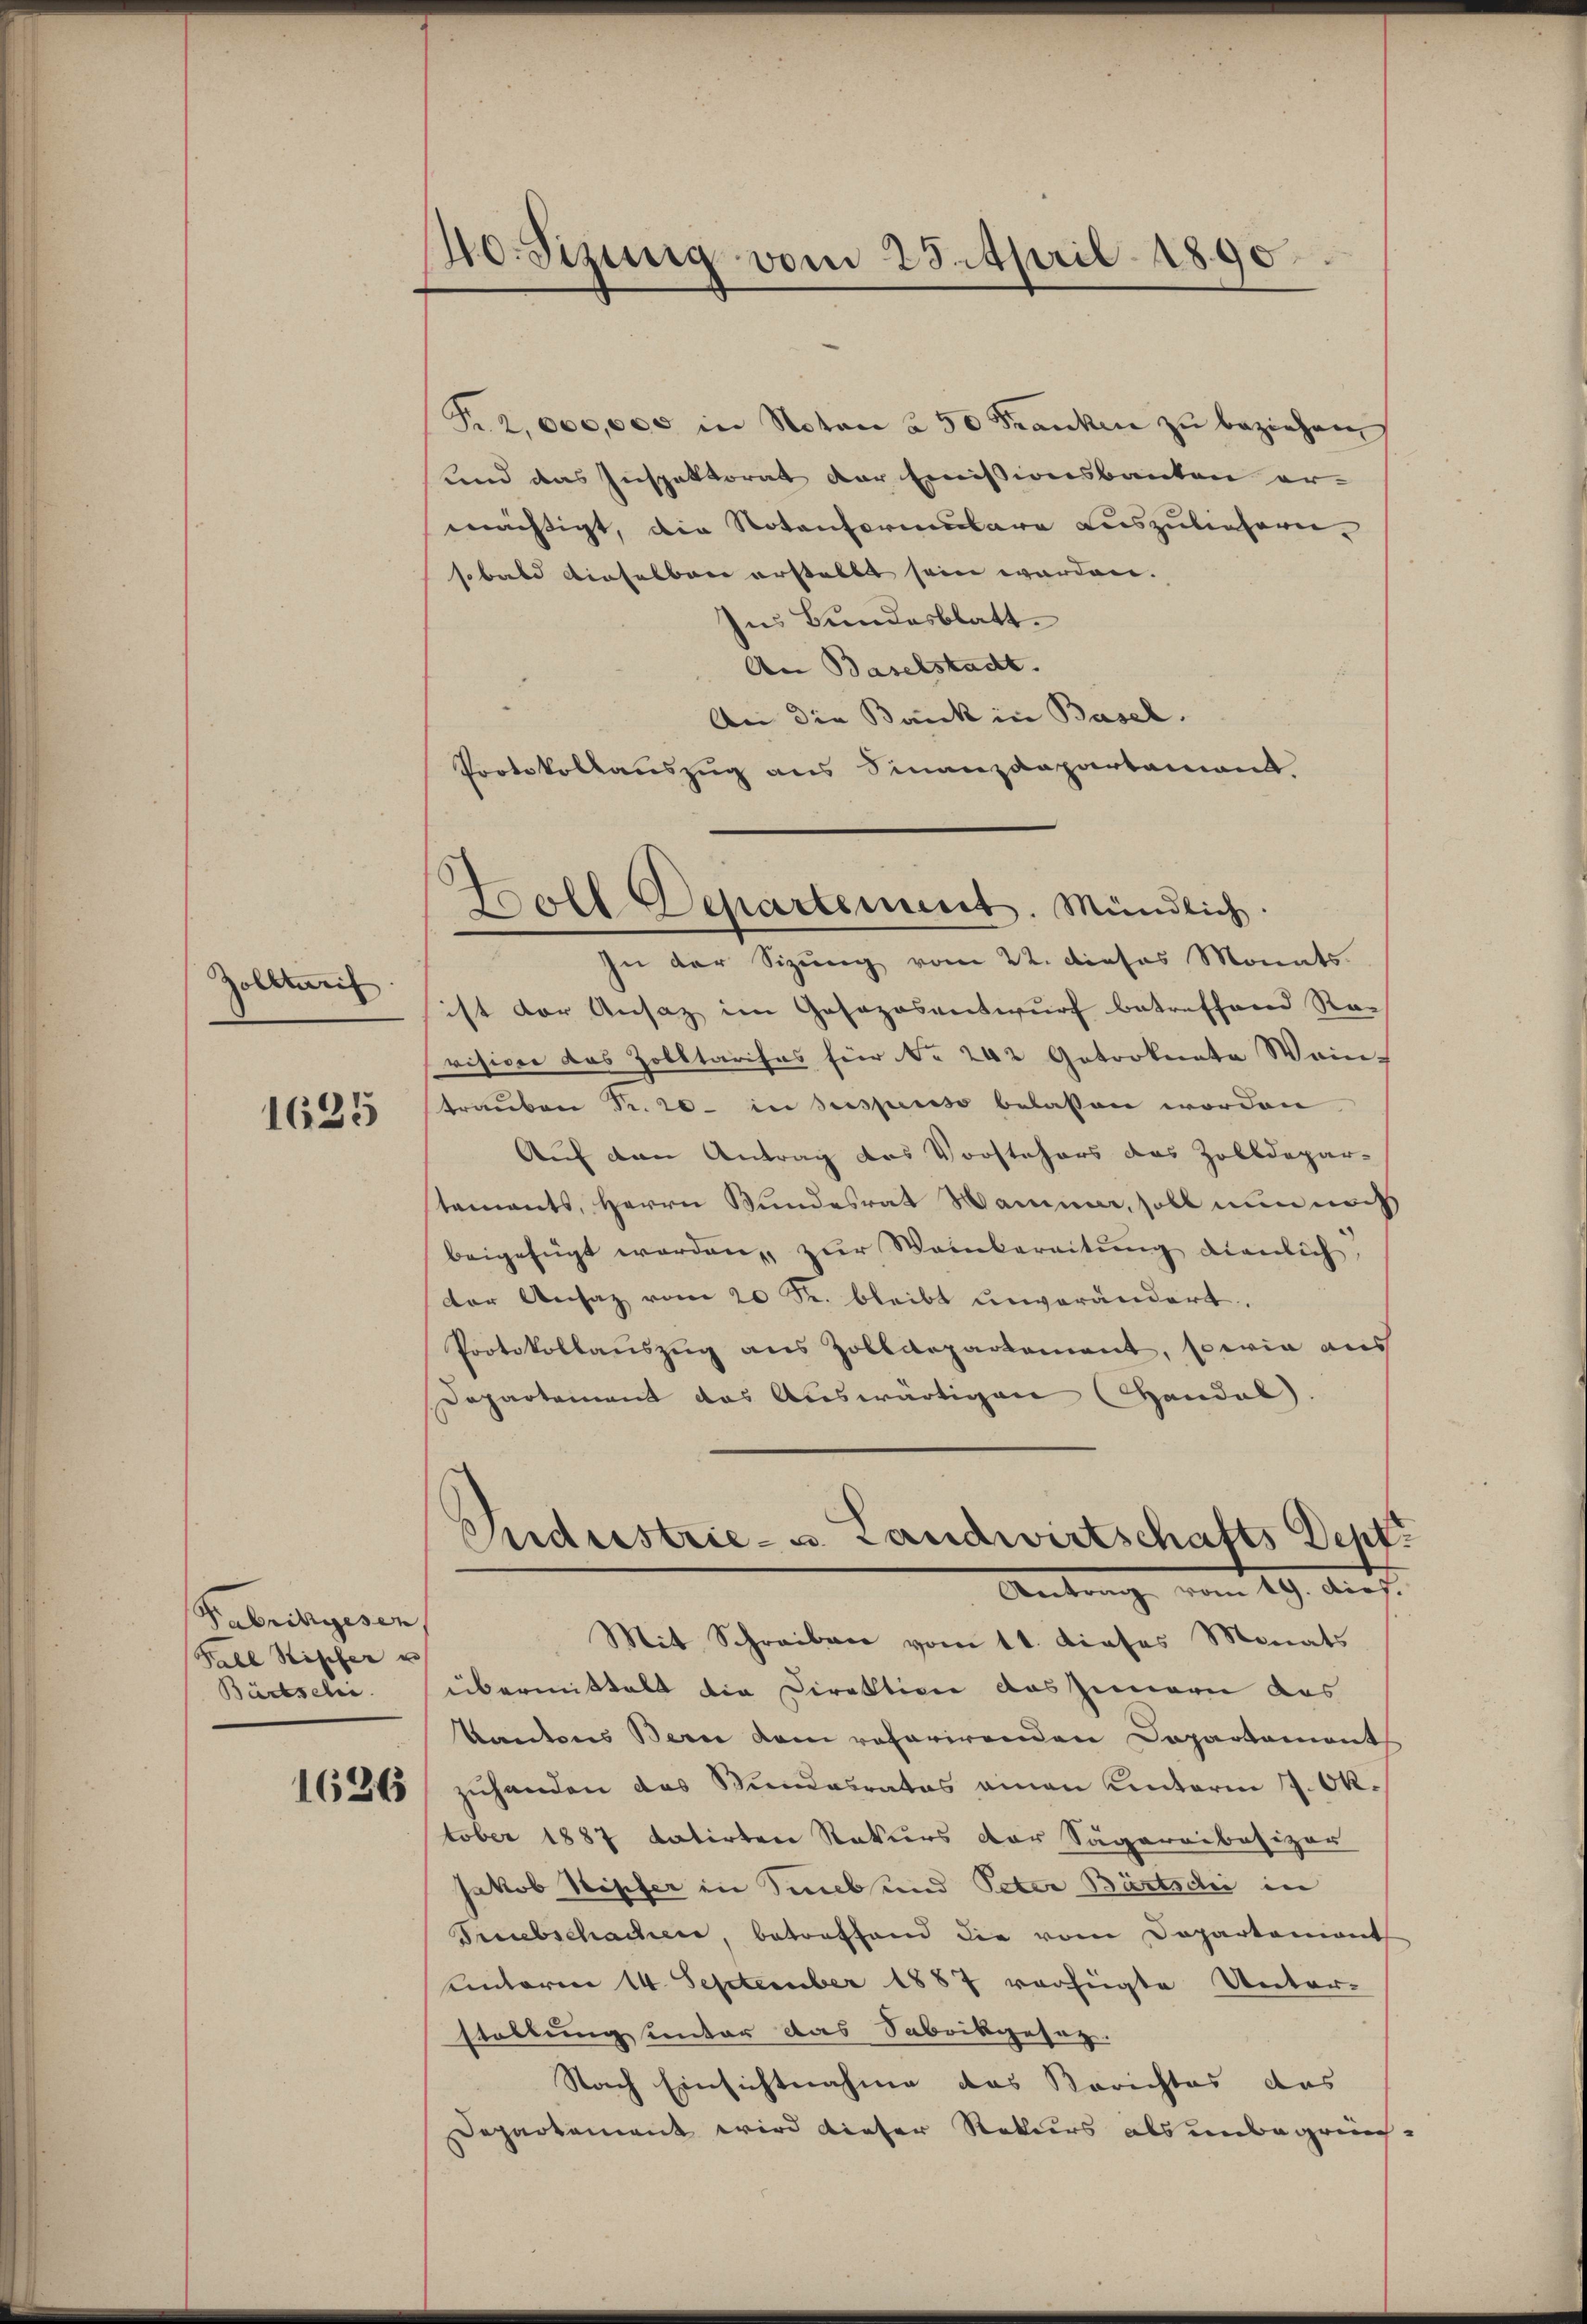
Zolltarif

1625

Fabrikgesen
Fell Bischer u
Bädtsche

1626

40. Sizinig vom 28. April 1890.

Pr. 2,000,000 in Noten à 50 Franken zŭ beziehen
und das Inspektorat der Emissionsbauten er-
mächtigt, die Notenformenbare auszuliefern.
sobald einselben erstellt sein werden.
Ins Bundesblatt.
An Baselstadt.
An die Bank in Basel.
Protokollauszug aus Finanzdepartamant.

Boll Departement. Mündlich.

Endustrie- u. Landwirtschafts Dent
Antrag vom 29. Aug.

In der Sitzung vom 22. dieses Monats
ist der Ansaz im Gesazosentwurf betreffend Re-
vision das Zolltarises für No. 242 Getrokente Wein-
trauben Fr. 20. in suspenso belassen worden.
Auf den Antrag des Vorstehers des Zolldepar-
tements, Herrn Bundesrat Wammer, soll nun noch
beigefügt werden, zur Weinbereitung dienlich
der Ansaz vom 20 Se. bleibt unverändert.
Protokollaŭszŭg ans Zolldepartement, sowie aus
Departement das Auswärtigen Handel.
Mit Schreiben vom 11. dieses Monats
übermittelt die Direktion auszimmern das
Kantons Bern dem referirenden Departement
zuhanden das Stundesrates amen unterm 7. Oktober 1887 datirten Rekurs der Sägereibesizor
Jakob Kipfer in Subsund Peten Bürtsch in
Krebschaden, betreffend die vom Departeniant
uinterm 14. September 1887 verfügte Unter-
stallung unter das Sabrikgesag
Nach Einsichtnahme das Berichtes das
Departement wird dieser Rekurs als unbegrün¬